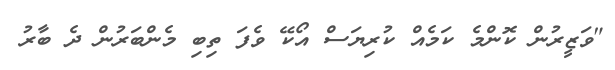
"ވަޒީރުން ކޮންމެ ކަމެއް ކުރިޔަސް އޯކޭ ވެފަ ތިބި މެންބަރުން ދެ ބާރު